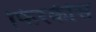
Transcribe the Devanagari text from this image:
फिरकीस